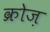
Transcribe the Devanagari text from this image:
क्रोज़